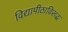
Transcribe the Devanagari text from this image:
विद्यापीठाविरूद्ध